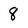
Character: 8